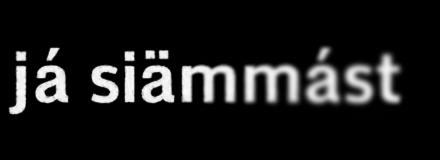
já siämmást